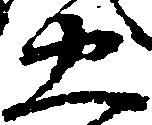
忠